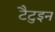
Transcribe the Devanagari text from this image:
टैटुइन